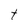
Character: t